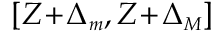
[ Z \! + \! \Delta _ { { \scriptscriptstyle m } } , Z \! + \! \Delta _ { { \scriptscriptstyle M } } ]